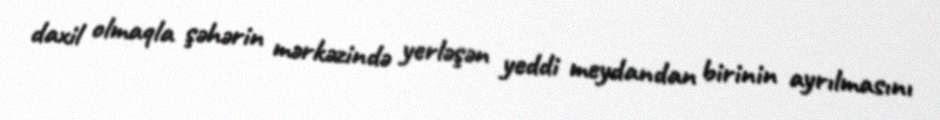
daxil olmaqla şəhərin mərkəzində yerləşən yeddi meydandan birinin ayrılmasını